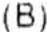
(B)